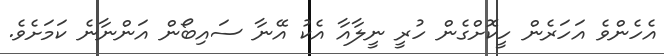
އެހެންވެ އަހަރެން ހީކޮށްގެން ހުރީ ނީލާއާ އެކު އޭނާ ސައިބޯން އަންނާނެ ކަމަށެވެ.